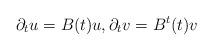
LaTeX: \begin{align*}\partial_t u=B(t)u,\partial_t v=B^t(t)v\end{align*}